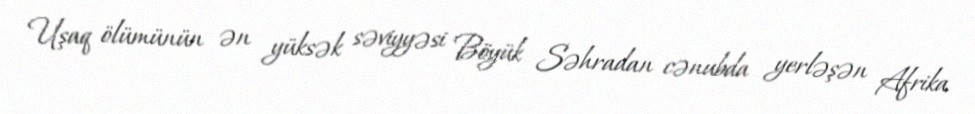
Uşaq ölümünün ən yüksək səviyyəsi Böyük Səhradan cənubda yerləşən Afrika